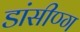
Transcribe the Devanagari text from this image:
डांसीण्ग